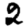
Digit: 2